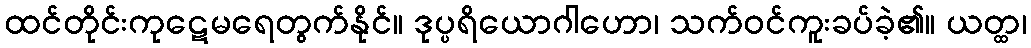
ထင်တိုင်းကုဋေမရေတွက်နိုင်။ ဒုပ္ပရိယောဂါဟော၊ သက်ဝင်ကူးခပ်ခဲ့၏။ ယတ္ထ၊